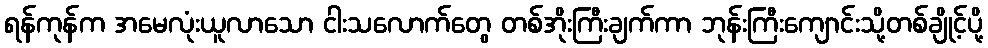
ရန်ကုန်က အမေလုံးယူလာသော ငါးသလောက်တွေ တစ်အိုးကြီးချက်ကာ ဘုန်းကြီးကျောင်းသို့တစ်ချိုင့်ပို့